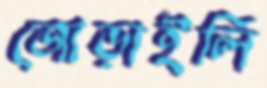
জোড়াইলি